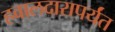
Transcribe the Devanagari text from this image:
हवालदारापर्यंत